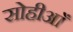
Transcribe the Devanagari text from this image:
सोहीआँ